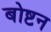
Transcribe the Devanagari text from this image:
बोष्टन